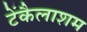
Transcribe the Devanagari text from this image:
टेंकैलाशम